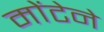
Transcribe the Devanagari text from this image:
मोंटेने